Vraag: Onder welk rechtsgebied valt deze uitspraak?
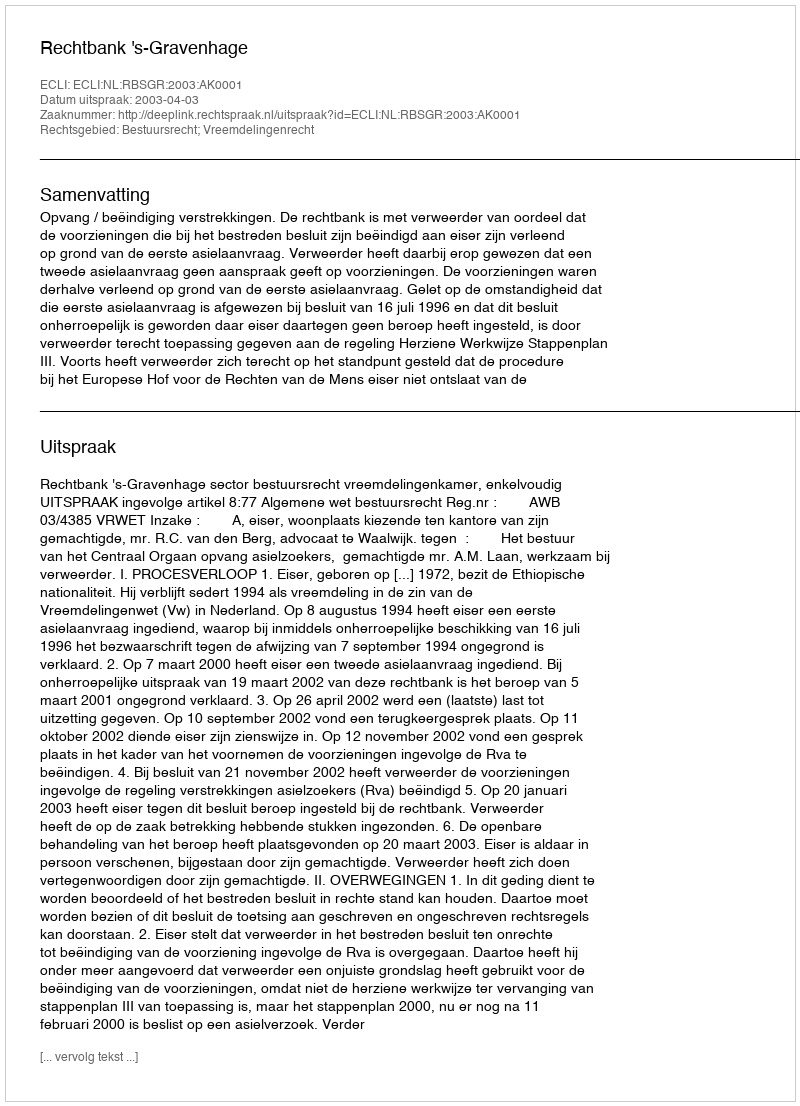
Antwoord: Bestuursrecht; Vreemdelingenrecht